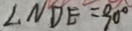
\angle N D E = 9 0 ^ { \circ }